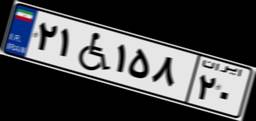
۲۱W۱۵۸۲۰